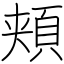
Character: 頬